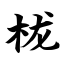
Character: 栊